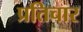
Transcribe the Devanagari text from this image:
प्रतिचार